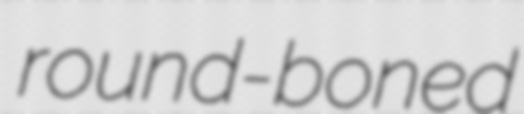
round-boned